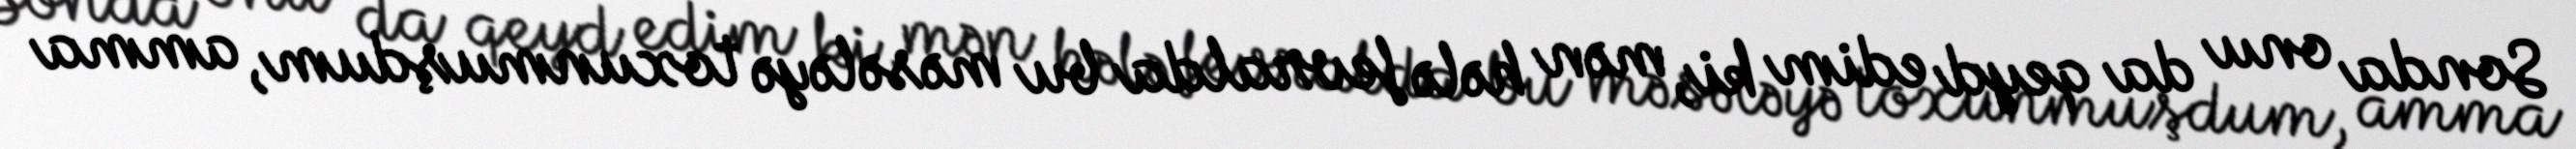
Sonda onu da qeyd edim ki, mən hələ fevralda bu məsələyə toxunmuşdum, amma